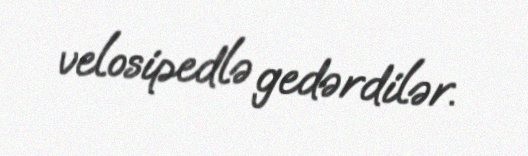
velosipedlə gedərdilər.